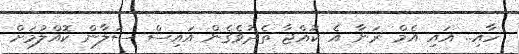
ހާއި.. އައި އެމް ރަނާ އެ ކުއްޖާ ތެދުވެގެން އައިސް ސަލާން ކޮއްލުމަށް